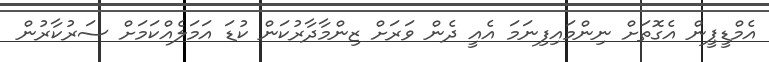
އެމްޑީޕީން އެެގޮތަށް ނިންމައިފިނަމަ އެއީ ދެން ވަރަށް ޒިންމާދާރުކަން ކުޑަ އަމަލެއްކަމަށް ސަރުކާރުން